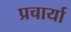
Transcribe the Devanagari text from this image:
प्रचार्या